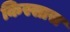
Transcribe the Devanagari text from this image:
किस्सास